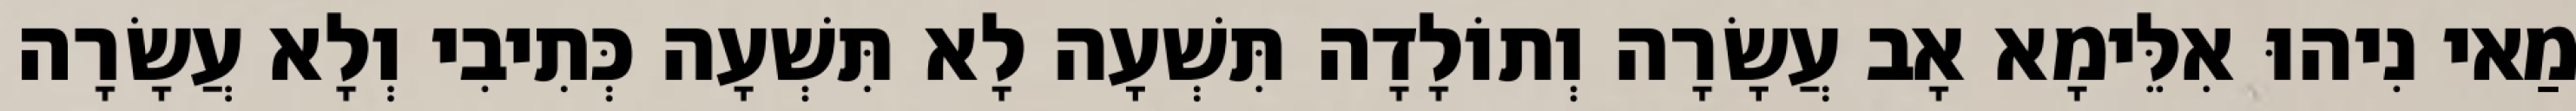
מַאי נִיהוּ אִלֵּימָא אָב עֲשָׂרָה וְתוֹלָדָה תִּשְׁעָה לָא תִּשְׁעָה כְּתִיבִי וְלָא עֲשָׂרָה